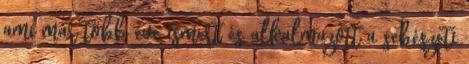
ami már több éve ismert és alkalmazott a sebészeti